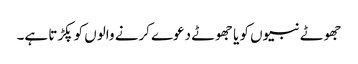
جھوٹے نبیوں کو یا جھوٹے دعوے کرنے والوں کو پکڑتا ہے۔